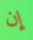
إن